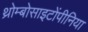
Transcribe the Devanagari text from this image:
थ्रोम्बोसाइटोंपीनिया